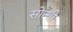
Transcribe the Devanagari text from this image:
सोत्थी